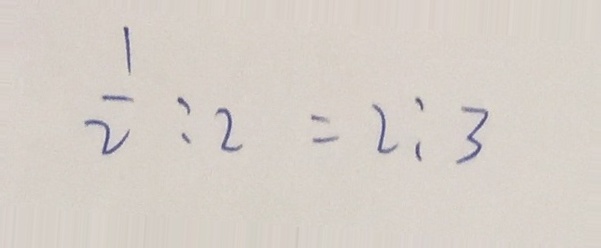
\frac { 1 } { 2 } : 2 = 2 : 3